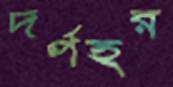
দর্পহর